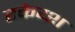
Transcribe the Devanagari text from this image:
रकेय्श